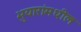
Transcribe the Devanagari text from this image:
भुयारांमधील